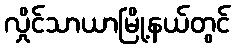
လှိုင်သာယာမြို့နယ်တွင်